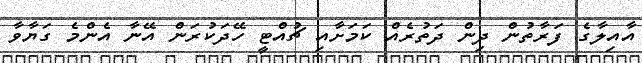
އާއިލާގެ ފަރާތުން ދިން ދަތުރެއް ކަމަށާއި ޗުއްޓީ ހޭދަކުރަން އޭނާ އެންމެ ގަޔާވާ